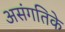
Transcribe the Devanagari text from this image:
असंगतिके